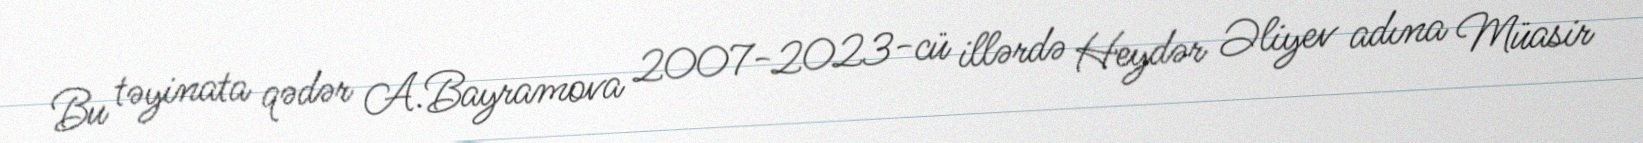
Bu təyinata qədər A.Bayramova 2007-2023-cü illərdə Heydər Əliyev adına Müasir